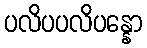
ပလိပပလိပန္နော